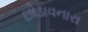
છોડાવનારા